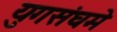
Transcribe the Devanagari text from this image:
युगसंघमे